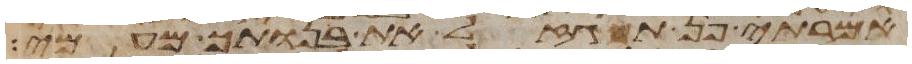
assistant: אמרתי פן תגזל את בנותך מעמי